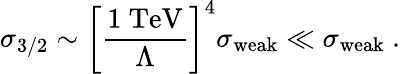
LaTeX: \sigma_{3/2}\sim\left[\frac{1~\mathrm{TeV}}{\Lambda}\right]^{4}\sigma_{\mathrm{weak}}\ll\sigma_{\mathrm{weak}}~.